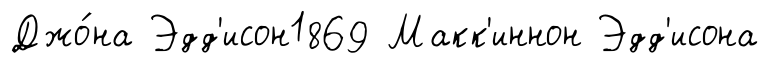
Джо́на Эдд'исон1869 Макк'иннон Эдд'исона